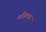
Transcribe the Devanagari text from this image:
महित्वा